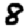
Digit: 8